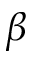
\beta